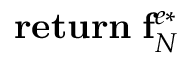
\mathbf { r e t u r n } \; \mathbf { f } _ { N } ^ { e * }